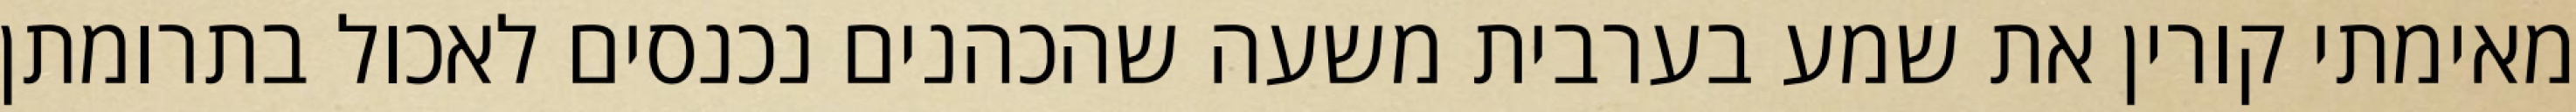
מאימתי קורין את שמע בערבית משעה שהכהנים נכנסים לאכול בתרומתן